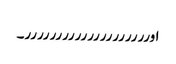
اورررررررررررررررررررر۔